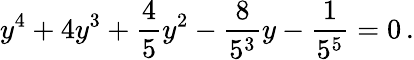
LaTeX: y^{4}+4y^{3}+{\frac{4}{5}}y^{2}-{\frac{8}{5^{3}}}y-{\frac{1}{5^{5}}}=0\, .